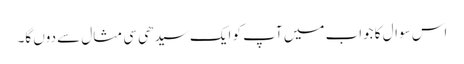
اس سوال کا جواب میں آپ کو ایک سیدھی سی مثال سے دوں گا۔